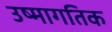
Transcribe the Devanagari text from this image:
उष्मागतिक